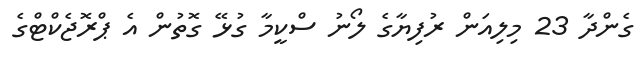
ގެންދާ 23 މިލިއަން ރުފިޔާގެ ލޯނު ސްކީމާ ގުޅޭ ގޮތުން އެ ޕްރޮޖެކްޓްގެ